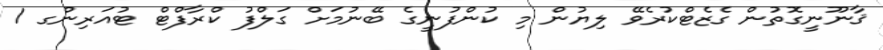
ޤާނޫނީގޮތުން ގެޒެޓްކުރެވޭ ލިޔުން މި ކުންފުނީގެ ބޭނުމަށް ގަލްފު ކްރާފްޓް ޓުއަރިންގ 1